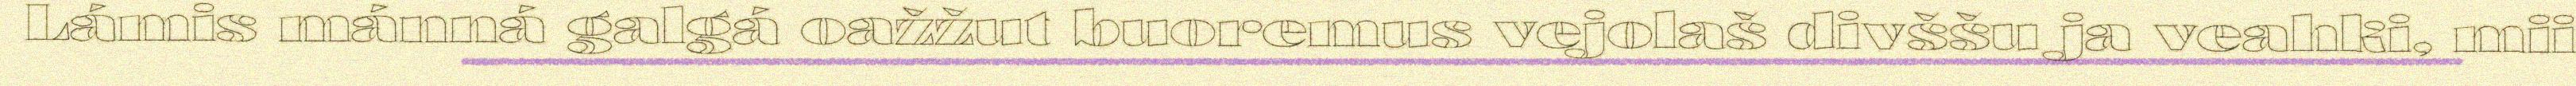
Lámis mánná galgá oažžut buoremus vejolaš divššu ja veahki, mii